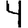
Digit: 4